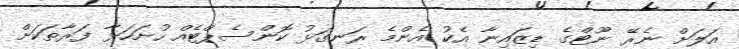
އަލަށް ނެރޭ ނޫޓްގެ ޑިޒައިނާ އެކު އެންމެ ރަނގަޅު ކޮންސެޕްޓެއް ހުށަހަޅާ ފަރާތަކަށް